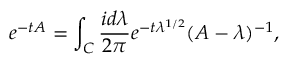
e ^ { - t A } = \int _ { C } \frac { i d \lambda } { 2 \pi } e ^ { - t \lambda ^ { 1 / 2 } } ( A - \lambda ) ^ { - 1 } ,